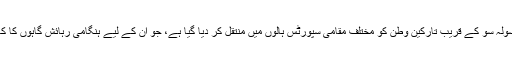
وہاں مقیم سولہ سو کے قریب تارکین وطن کو مختلف مقامی سپورٹس ہالوں میں منتقل کر دیا گیا ہے، جو ان کے لیے ہنگامی رہائش گاہوں کا کام دیں گے۔